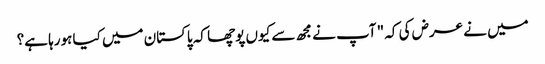
میں نے عرض کی کہ " آپ نے مجھ سے کیوں پوچھا کہ پاکستان میں کیا ہورہا ہے؟